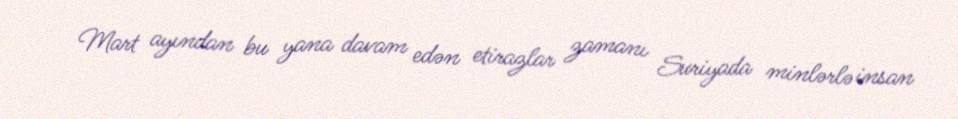
Mart ayından bu yana davam edən etirazlar zamanı Suriyada minlərlə insan